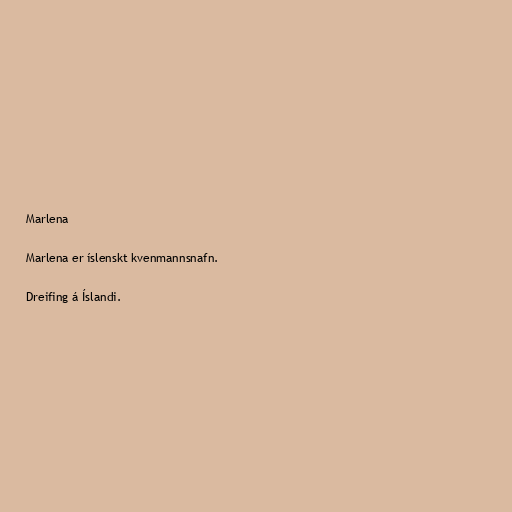
Marlena

Marlena er íslenskt kvenmannsnafn.

Dreifing á Íslandi.